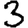
Digit: 3